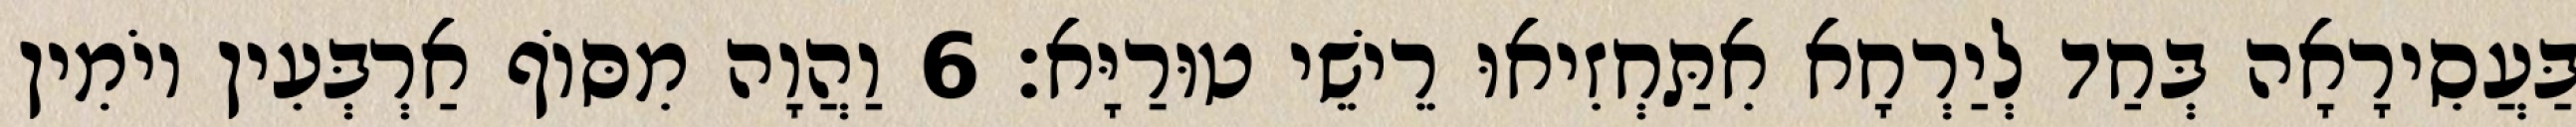
בַּעֲסִירָאָה בְּחַד לְיַרְחָא אִתַּחְזִיאוּ רֵישֵׁי טוּרַיָּא׃ 6 וַהֲוָה מִסּוֹף אַרְבְּעִין יוֹמִין